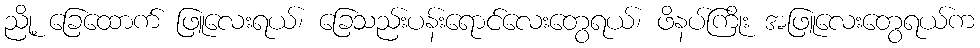
ညို့ ခြေထောက် ဖြူလေးရယ်၊ ခြေသည်းပန်းရောင်လေးတွေရယ်၊ ဖိနပ်ကြိုး အဖြူလေးတွေရယ်က